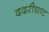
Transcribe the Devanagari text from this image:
ददरीघाट